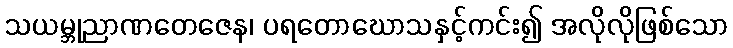
သယမ္ဘုညာဏတေဇေန၊ ပရတောဃောသနှင့်ကင်း၍ အလိုလိုဖြစ်သော